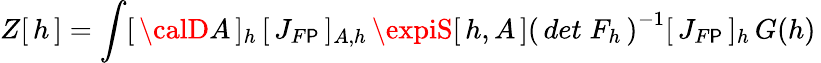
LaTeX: Z[\, h\, ]=\int[\, {\calD}A\, ]_{h}\, [\, J_{F\mathsf{P}}\, ]_{A,h}\, \expiS[\, h,A\, ]\left(\, det\; F_{h}\, \right)^{-1}[\, J_{F\mathsf{P}}\, ]_{h}\, G(h)\,